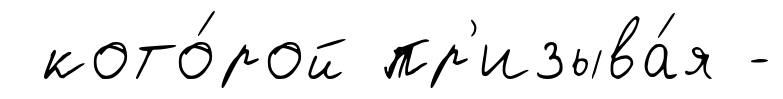
кото́рой пр'изыва́я -